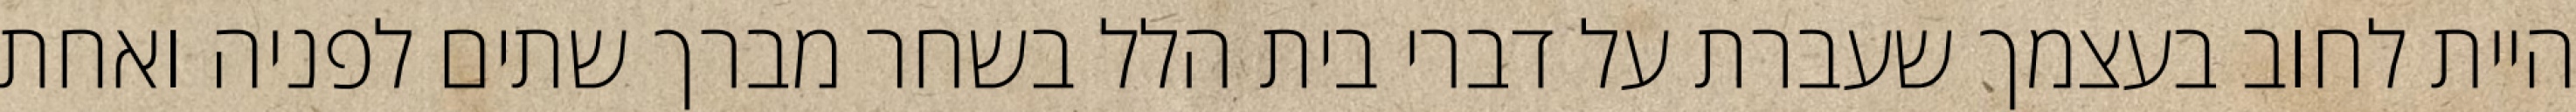
היית לחוב בעצמך שעברת על דברי בית הלל בשחר מברך שתים לפניה ואחת